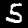
Digit: 5